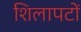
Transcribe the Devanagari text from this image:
शिलापटों